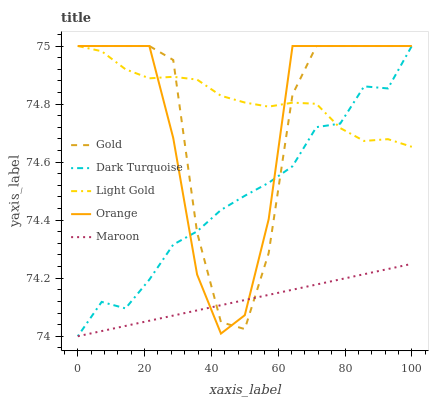
| xaxis_label | Gold | Dark Turquoise | Light Gold | Orange | Maroon |
 | --- | --- | --- | --- | --- | --- |
 | 0 | 75 | 74 | 75 | 75 | 74 |
 | 7.14 | 75 | 74.1 | 75 | 75 | 74 |
 | 14.3 | 75 | 74.1 | 74.9 | 75 | 74 |
 | 21.4 | 75 | 74.2 | 74.9 | 75 | 74.1 |
 | 28.6 | 75 | 74.3 | 74.9 | 74.7 | 74.1 |
 | 35.7 | 74.4 | 74.4 | 74.9 | 74.2 | 74.1 |
 | 42.9 | 74 | 74.4 | 74.8 | 74 | 74.1 |
 | 50 | 74 | 74.5 | 74.8 | 74.1 | 74.1 |
 | 57.1 | 74.3 | 74.5 | 74.8 | 74.4 | 74.1 |
 | 64.3 | 74.8 | 74.6 | 74.8 | 75 | 74.2 |
 | 71.4 | 75 | 74.7 | 74.8 | 75 | 74.2 |
 | 78.6 | 75 | 74.7 | 74.7 | 75 | 74.2 |
 | 85.7 | 75 | 74.9 | 74.7 | 75 | 74.2 |
 | 92.9 | 75 | 74.9 | 74.7 | 75 | 74.2 |
 | 100 | 75 | 75 | 74.7 | 75 | 74.2 |